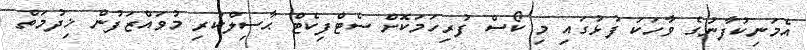
އެމަނިކުފާނުގެ ވާހަކަ ފުޅުގައި މި ކޯސް ފުރިހަމަކޮށް ސެޓްފިކެޓް ޙާސިލްކުރި މުވައްޒަފުން ޚިދުމަތް